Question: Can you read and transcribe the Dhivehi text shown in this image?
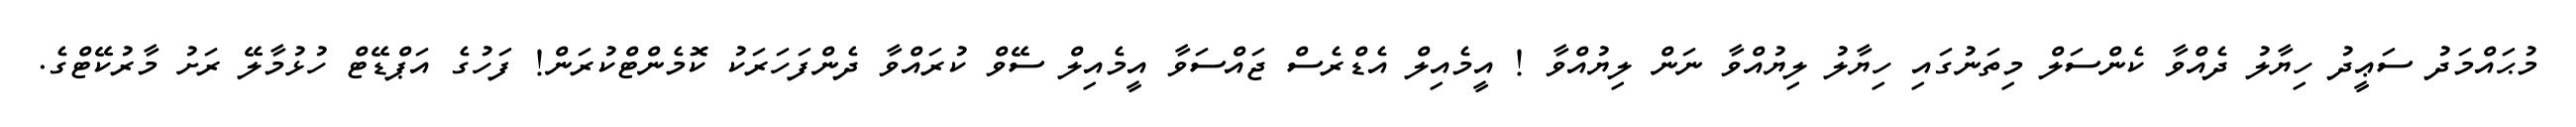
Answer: މުޙައްމަދު ސަޢީދު ހިޔާލު ދެއްވާ ކެންސަލް މިތަނުގައި ހިޔާލު ލިޔުއްވާ ނަން ލިޔުއްވާ ! އީމެއިލް އެޑްރެސް ޖައްސަވާ އީމެއިލް ސޭވް ކުރައްވާ ދެންފަހަރަކު ކޮމެންޓްކުރަން! ފަހުގެ އަޕްޑޭޓް ހުޅުމާލޭ ރަށު މާރުކޭޓްގެ.